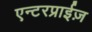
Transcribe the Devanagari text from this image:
एन्टरप्राईज़